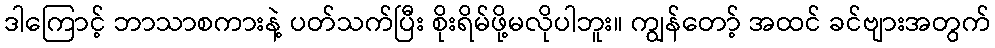
ဒါကြောင့် ဘာသာစကားနဲ့ ပတ်သက်ပြီး စိုးရိမ်ဖို့မလိုပါဘူး။ ကျွန်တော့် အထင် ခင်ဗျားအတွက်